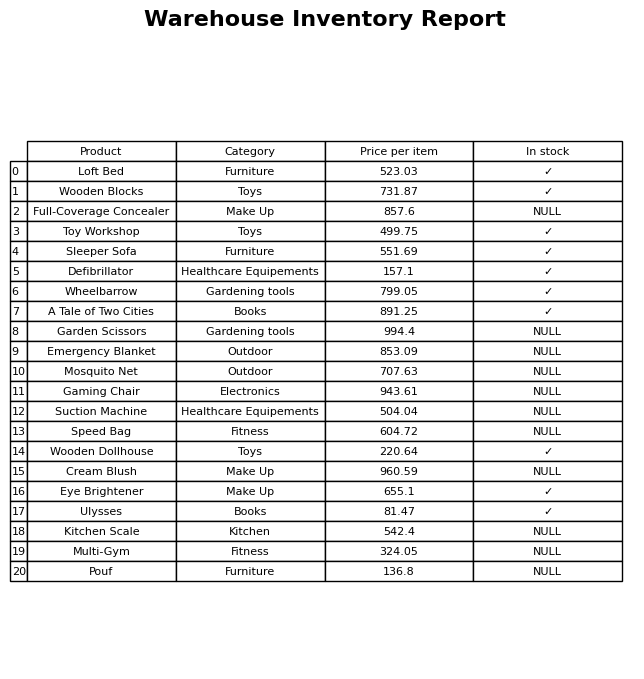
question: What is the price for Defibrillator?
answer: The price of Defibrillator is 157.1.